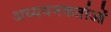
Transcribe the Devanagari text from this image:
अध्‍ययनकर्ताओं